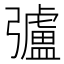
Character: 𢐸